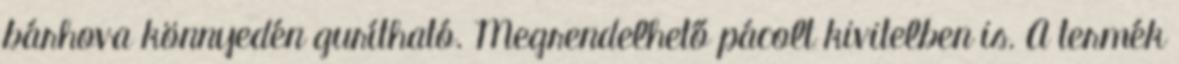
bárhova könnyedén gurítható. Megrendelhető pácolt kivitelben is. A termék